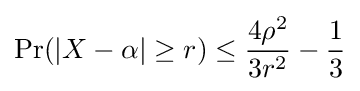
\operatorname {Pr} (|X-\alpha |\geq r)\leq {\frac {4\rho ^{2}}{3r^{2}}}-{\frac {1}{3}}